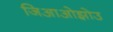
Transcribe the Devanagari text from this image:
जिआओझोउ